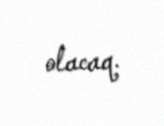
olacaq.